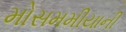
મોસમમીયાની